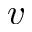
\boldsymbol { v }